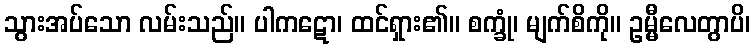
သွားအပ်သော လမ်းသည်။ ပါကဋော၊ ထင်ရှား၏။ စက္ခုံ၊ မျက်စိကို။ ဥမ္မီလေတွာပိ၊